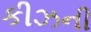
કીઝની